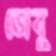
জেবু